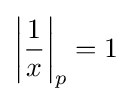
\left|{\frac {1}{x}}\right|_{p}=1